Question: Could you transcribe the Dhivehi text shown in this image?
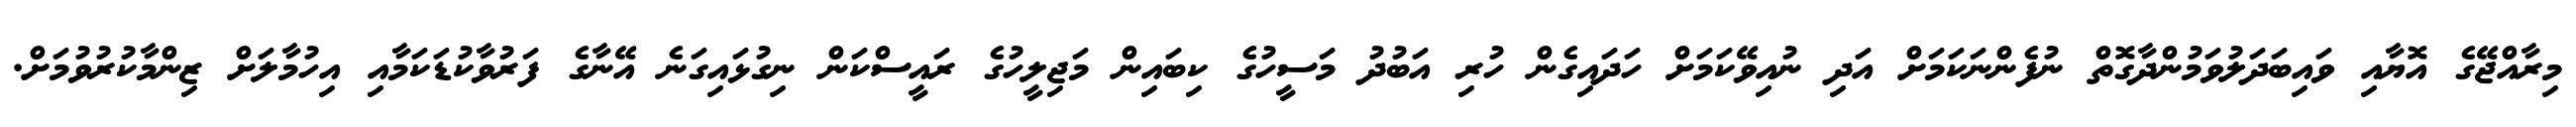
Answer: މިރާއްޖޭގެ އޮޔާއި ވައިބަދަލުވަމުންދާގޮތް ނުފެންނަކަމަށް އަދި ނުއިވޭކަމަށް ހަދައިގެން ހުރި އަބުދު މަސީހުގެ ކިބައިން މަޖިލީހުގެ ރައީސްކަން ނިގުޅައިގަނެ އޭނާގެ ފަރުވާކުޑަކަމާއި އިހުމާލަށް ޒިންމާކުރުވުމަށް.